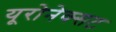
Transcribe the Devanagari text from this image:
यूरोनेक्सट